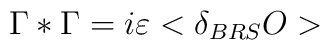
\Gamma *\Gamma =i\varepsilon <\delta _{BRS}O>